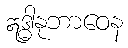
ဣဒ္ဓါနုဘာဝေန